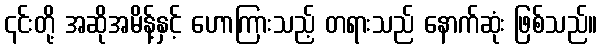
၎င်းတို့ အဆိုအမိန့်နှင့် ဟောကြားသည့် တရားသည် နောက်ဆုံး ဖြစ်သည်။